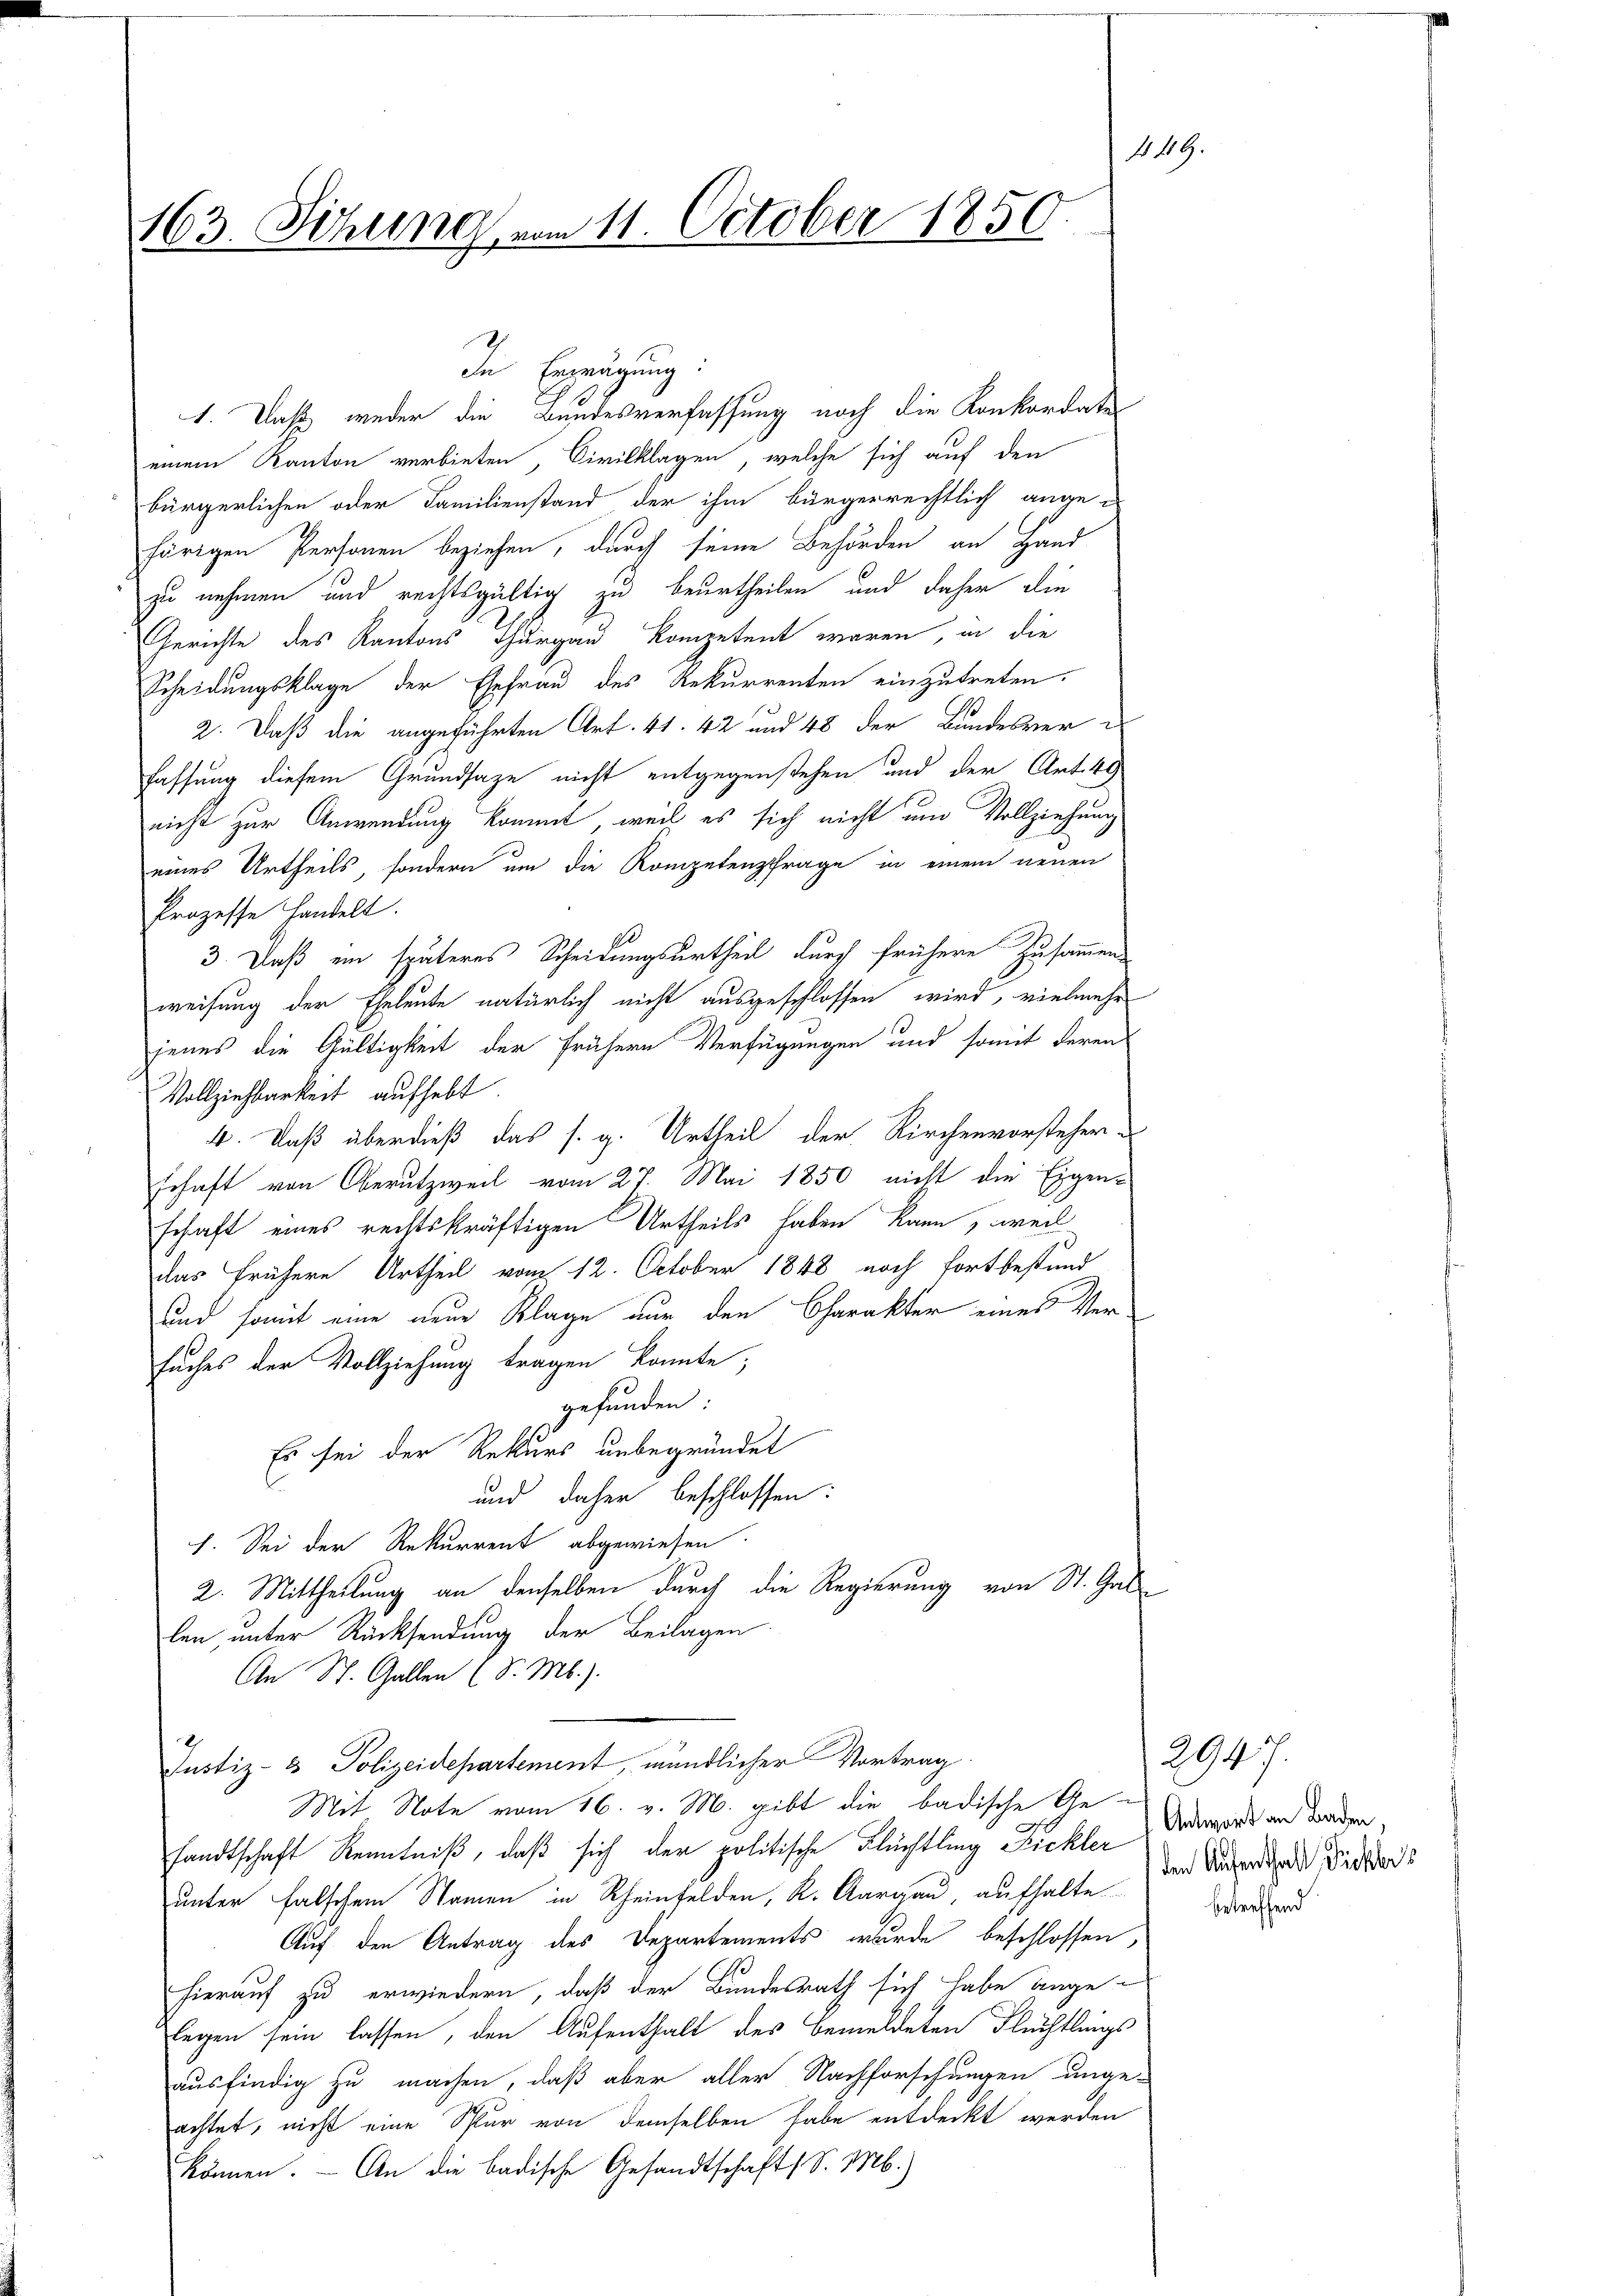
163. Sitzung vom 11. October 1850

h

de Erwägung:
1. Daß weder die Bundesverfassung noch die Konkordater
einem Kanton verbieten, Civilklagen, welche sich auf den
bürgerlichen oder Familienstand der ihm bürgerrechtlich ange-
hörigen Personen beziehen, durch seine Behörden an Hand
zu nehmen und rechtsgültig zu beurtheilen und daher die
Gerichte des Kantons Thurgau kompetent waren, in die
Scheidungsklage der Ehefrau des Rekurrenten einzutreten.
2. Daß die angeführten Art. 41. 42 und 48 der Bundesverfassung diesem Grundsaze nicht entgegenstehen und der Art. 40
nicht zur Anwendung kommt, weil es sich nicht um Vollziehung
eines Urtheils, sondern um die Kompetenzfrage in einem neuen
Prozesse handelt.
3. Daß ein späteres Scheidungsurtheil durch frühere Zusammen
weisung der Eheleute natürlich nicht ausgeschlossen wird, vielmehr
jenes die Gültigkeit der frühern Verfügungen und somit deren
Vollziehbarkeit aufhebt
4. Daß überdieß das s. g. Urtheil der Kirchenvorsteher-
Erhaft von Oberutzweil vom 27. Mai 1850 nicht die Eigen-
schaft eines rechtskräftigen Urtheils haben kann, weil
das frühere Urtheil vom 12. October 1848 noch fortbestand
und somit eine neue Klage nur den Charakter eines Ver¬
Euches der Vollziehung tragen konnte;
gefunden:
Es sei der Rekurs unbegründet
und daher beschlossen:
I. Sei der Rekurrent abgewiesen.
2. Mittheilung an denselben durch die Regierung von St. Gal-
len unter Rücksendung der Beilagen
An St. Gallen (S. M.).
Justiz- & Polizeidepartement mündlicher Vortrag.
Mit Note vom 16. v. M. gibt die badische Ge-
sandtschaft Kenntniß, daß sich der politische Flüchtling Fickler
unter falschen Namen in Rheinfelden, K. Aargau, aufhalte
Auf den Antrag des Departements wurde beschlossen,
hierauf zu erwiedern, daß der Bundesrath sich habe ange-
legen sein lassen, den Aufenthalt des bemeldeten Flüchtlings
ausfindig zu machen, daß aber aller Nachforschungen unge-
achtet, nicht eine Spur von demselben habe entdeckt werden
können. — An die badische Gesandtschaft (S. M.)

16

2947.
Antwort an Baden,
den Aufenthalt, Sichers
betreffend